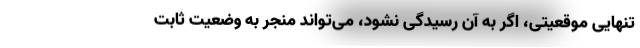
تنهاییِ موقعیتی، اگر به آن رسیدگی نشود، می‌تواند منجر به وضعیت ثابت